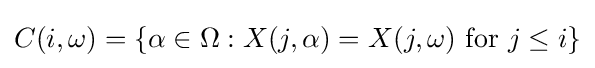
C(i,\omega )=\{\alpha \in \Omega :X(j,\alpha )=X(j,\omega ){\text{ for }}j\leq i\}